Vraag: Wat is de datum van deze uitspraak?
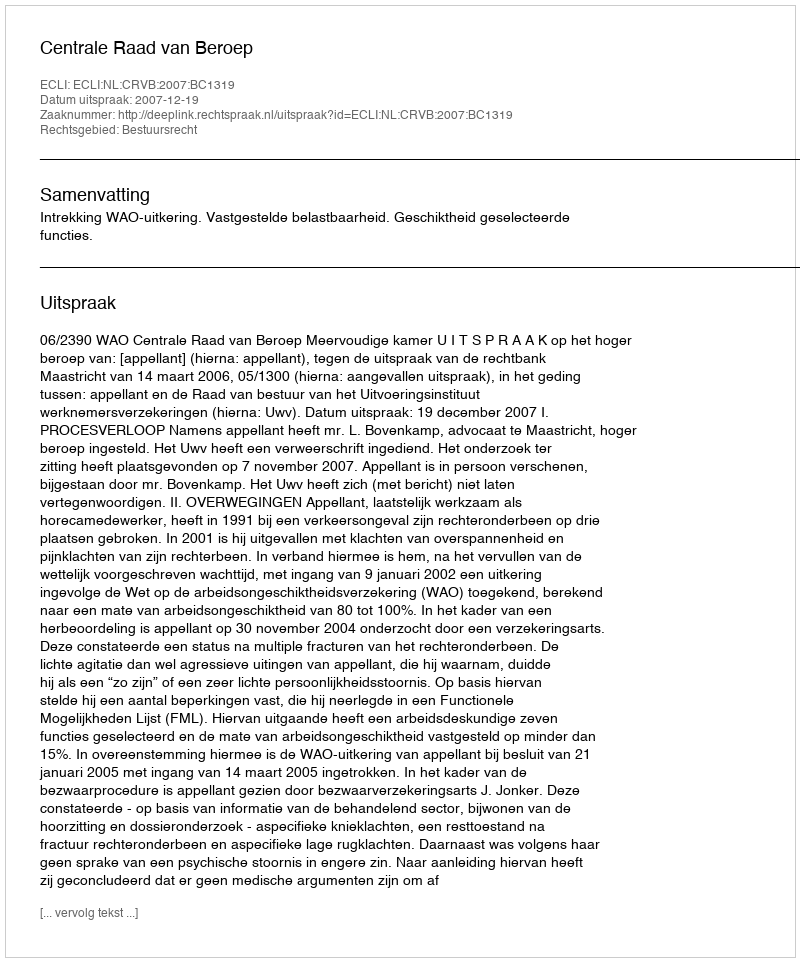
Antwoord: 2007-12-19